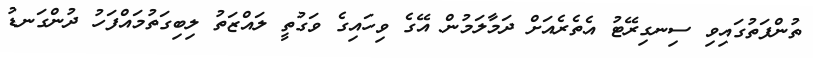
ތުންފަތުގައިވި ސިނގިރޭޓު އެތެރެއަށް ދަމާލަމުން އޭގެ ވިހައިގެ ވަގުތީ ލައްޒަތު ލިބިގަތުމައްފަހު ދުންގަނޑު